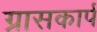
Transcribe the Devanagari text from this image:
ग्रासकार्प